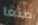
صنعا